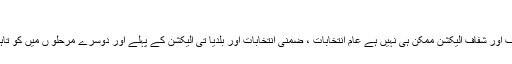
(خبر جاری ہے)
انہو ں نے کہا ہے کہ الیکشن کمیشن کے موجود ہ ارکان کے ہوتے ہوئے ملک میں صاف اور شفاف الیکشن ممکن ہی نہیں ہے عام انتخابات ، ضمنی انتخابات اور بلدیا تی الیکشن کے پہلے اور دوسرے مرحلو ں میں کو تاہیا ں ، بے ضابطگیو ں اور بد انتظا می الیکشن کمیشن کی ناکامی کا منہ بولتا ثبوت ہے ۔